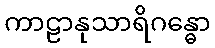
ကာဠာနုသာရိဂန္ဓော